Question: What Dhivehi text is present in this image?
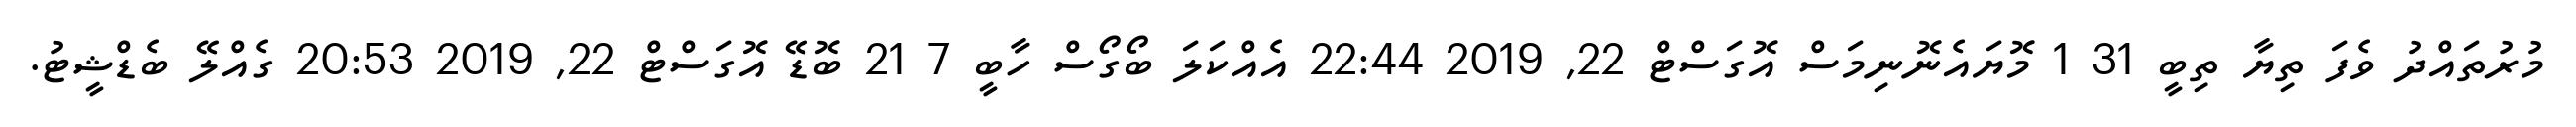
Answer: މުރުތައްދު ވެފަ ތިޔާ ތިބީ 31 1 މޮޔައެނޮނިމަސް އޮގަސްޓް 22, 2019 22:44 އެއްކަލަ ބޯގޯސް ހާބީ 7 21 ބޮޑޭ އޮގަސްޓް 22, 2019 20:53 ގެއްލޭ ބެޑްޝީޓު.